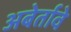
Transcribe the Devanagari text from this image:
अबेर्तावे